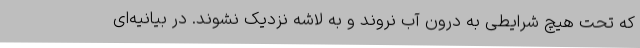
که تحت هیچ شرایطی به درون آب نروند و به لاشه نزدیک نشوند. در بیانیه‌ای